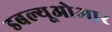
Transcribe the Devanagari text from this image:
डबल्यूओआर